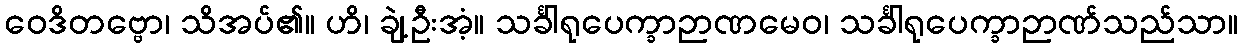
ဝေဒိတဗ္ဗော၊ သိအပ်၏။ ဟိ၊ ချဲ့ဦးအံ့။ သင်္ခါရုပေက္ခာဉာဏမေဝ၊ သင်္ခါရုပေက္ခာဉာဏ်သည်သာ။